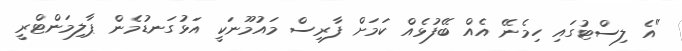
"އެ ލިސްޓުގައި ހިމެނޭ އެއް ބޭފުޅެއް ކަމަށް ފާރިސް މައުމޫނަކީ އަޅުގަނޑުމެން ޕާލިމަންޓްރީ